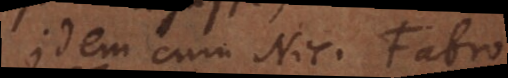
Idem cum Nic. Fabro